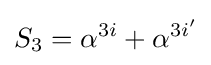
S_{3}=\alpha ^{3i}+\alpha ^{3i'}